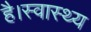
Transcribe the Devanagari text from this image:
है।स्वास्थ्य